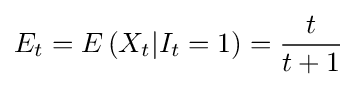
E_{t}=E\left(X_{t}|I_{t}=1\right)={\frac {t}{t+1}}